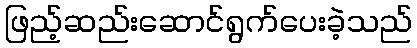
ဖြည့်ဆည်းဆောင်ရွက်ပေးခဲ့သည်